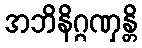
အဘိနိဂ္ဂဏှန္တိ